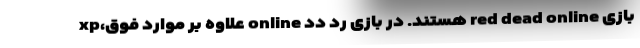
بازی red dead online هستند. در بازی رد دد online علاوه بر موارد فوق،xp